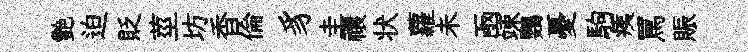
艷迫貶莖坊香倫豸圭禳状蘿未凾竦鸚憂駒痍罵賑